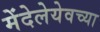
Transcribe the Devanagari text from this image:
मेंदेलेयेवच्या